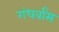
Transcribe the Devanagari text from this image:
गंधर्वांस